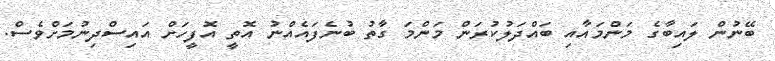
ބޭނުން ލައިބާގެ މަންމައާއި ބައްދަލުކުރަން މަންމަ ގާތު ބުނެފައެއްނު އޮތީ އޮފީހަށް އައިސްދިނުމަށްވެސް.